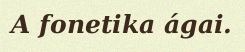
A fonetika ágai.